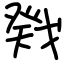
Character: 戣